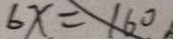
6 x = 1 6 0